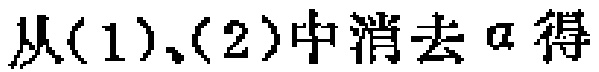
从(1)、(2)中消去\(a\)得